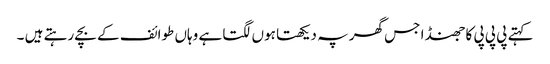
کہتے پی پی پی کا جھنڈا جس گھر پہ دیکھتا ہوں لگتا ہے وہاں طوائف کے بچے رہتے ہیں ۔